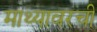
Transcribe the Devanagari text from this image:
माथ्यावरची